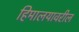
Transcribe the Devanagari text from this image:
हिमालयावरील